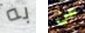
به عن